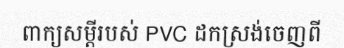
ពាក្យសម្តីរបស់ PVC ដកស្រង់ចេញពី